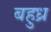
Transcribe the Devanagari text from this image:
बहुध्र